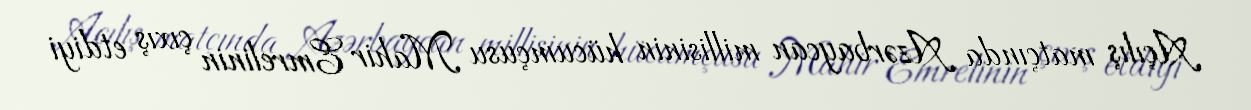
Açılış matçında Azərbaycan millisinin hücumçusu Mahir Emrelinin çıxış etdiyi